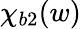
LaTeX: \chi_{b2}(w)